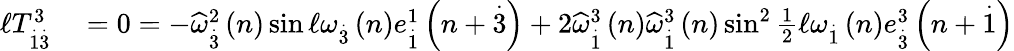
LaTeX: \begin{array}{rl}{\mathcal{\ell}T_{\overset{.}{1}\overset{.}{3}}^{3}}&{{}=0=-\widehat{\omega}_{\overset{.}{3}}^{2}\left(n\right)\sin\mathcal{\ell}\omega_{\overset{.}{3}}\left(n\right)e_{\overset{.}{1}}^{1}\left(n+\overset{.}{3}\right)+2\widehat{\omega}_{\overset{.}{1}}^{3}\left(n\right)\widehat{\omega}_{\overset{.}{1}}^{3}\left(n\right)\sin^{2}\frac{1}{2}\mathcal{\ell}\omega_{\overset{.}{1}}\left(n\right)e_{\overset{.}{3}}^{3}\left(n+\overset{.}{1}\right)}\end{array}